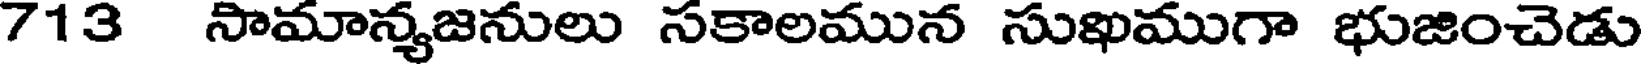
713 సామాన్యజనులు సకాలమున సుఖముగా భుజించెడు